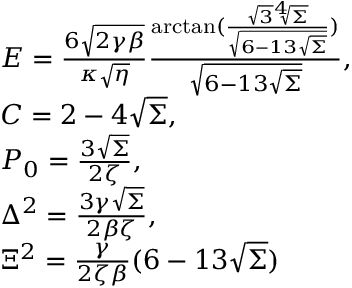
\begin{array} { l } { E = \frac { 6 \sqrt { 2 \gamma \beta } } { \kappa \sqrt { \eta } } \frac { \arctan ( \frac { \sqrt { 3 } \sqrt [ 4 ] { \Sigma } } { \sqrt { 6 - 1 3 \sqrt { \Sigma } } } ) } { \sqrt { 6 - 1 3 \sqrt { \Sigma } } } , } \\ { C = 2 - 4 \sqrt { \Sigma } , } \\ { P _ { 0 } = \frac { 3 \sqrt { \Sigma } } { 2 \zeta } , } \\ { \Delta ^ { 2 } = \frac { 3 \gamma \sqrt { \Sigma } } { 2 \beta \zeta } , } \\ { \Xi ^ { 2 } = \frac { \gamma } { 2 \zeta \beta } ( 6 - 1 3 \sqrt { \Sigma } ) } \end{array}